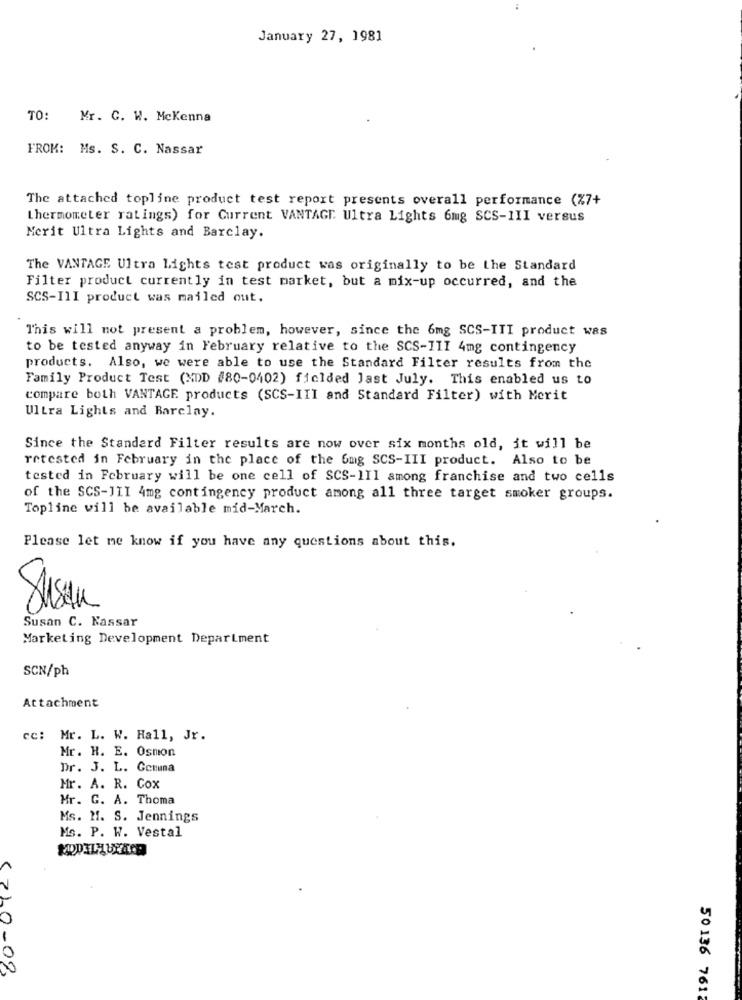
January 27, 1981
TO: Mr. C. W. Mckenna
FROM: Ms. S. C. Nassar
The attached topline product test report presents overall performance (%7+
thermometer ratings) for Current VANTAGE. Ultra Lights 6mg SCS-III versus
Merit Ultra Lights and Barclay.
The VANTAGE Ultra Lights test product was originally to be the Standard
Filter product currently in test market, but a mix-up occurred, and the
SCS-IlI product was mailed out.
This will not present a problem, however, since the 6mg SCS-ITI product was
to be tested anyway in February relative to the SCS-III 4mg contingency
products. Also, we were able to use the Standard Filter results from the
Family Product Test (XDD #80-0402) fielded Jast July. This enabled us to
compare both VANTAGE products (SCS-III and Standard Filter) with Merit
Ultra Lights and Barclay.
Since the Standard Filter results are now over six months old, it will be
retested in February in the place of the 6mg SCS-III product. Also to be
tested in February will be one cell of SCS-III among franchise and two cells
of the SCS-JII 4mg contingency product among all three target smoker groups.
Topline will be available mid-March.
Please let me know if you have any questions about this.
Susan C. Nassar
Marketing Development Department
SCN/ph
Attachment
ce: Mr. L. W. Hall, Jr.
Mr. H. E. Osmon
Dr. J. L. Genuma
Mr. A. R. Cox
Mr. G. A. Thoma
Ms. M. S. Jennings
Ms. P. W. Vestal
(210-09
50 136 761